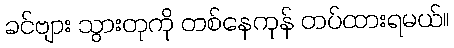
ခင်ဗျား သွားတုကို တစ်နေကုန် တပ်ထားရမယ်။